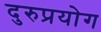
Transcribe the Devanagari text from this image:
दुरुप्रयोग